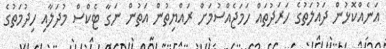
އަނެއްކޮޅުން ދައުލަތުގެ ހަރަދުތައް ހަމަޖެއްސުމަށް ރައްޔިތުން އަތުން ނަގާ ޓެކްސް މުދަލާއި ހިދުމަތުގެ